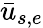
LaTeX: \bar{u}_{s,e}